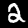
Digit: 2